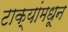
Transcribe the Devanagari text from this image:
टाक्यांमधून